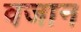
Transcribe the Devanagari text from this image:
वजान